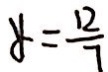
y = \frac { 1 2 } { 7 }